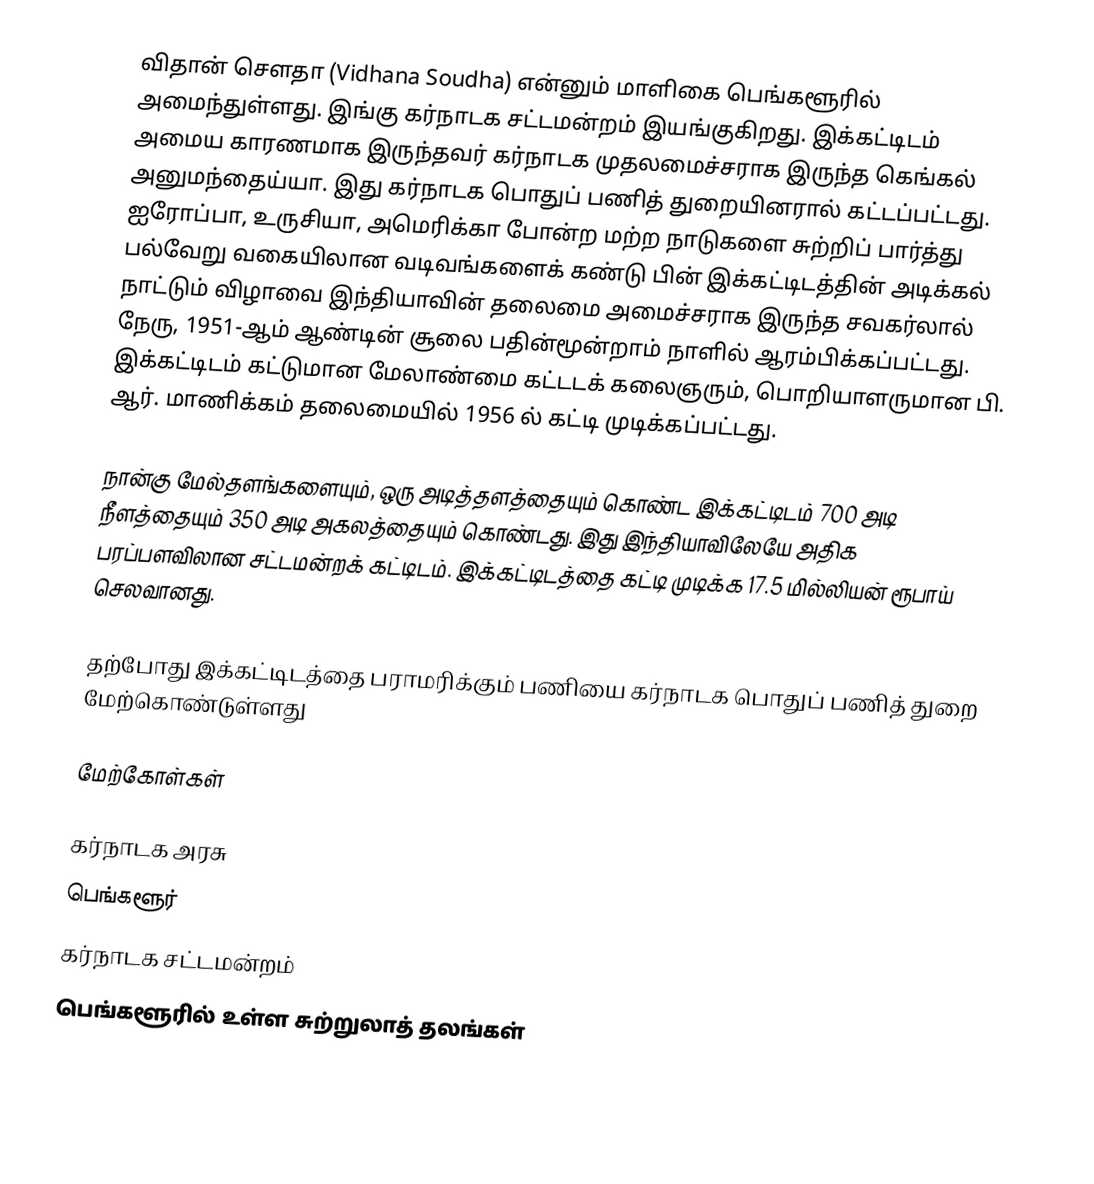
விதான் சௌதா (Vidhana Soudha) என்னும் மாளிகை பெங்களூரில் அமைந்துள்ளது. இங்கு கர்நாடக சட்டமன்றம் இயங்குகிறது. இக்கட்டிடம் அமைய காரணமாக இருந்தவர் கர்நாடக முதலமைச்சராக இருந்த கெங்கல் அனுமந்தைய்யா. இது கர்நாடக பொதுப் பணித் துறையினரால் கட்டப்பட்டது. ஐரோப்பா, உருசியா, அமெரிக்கா போன்ற மற்ற நாடுகளை சுற்றிப் பார்த்து பல்வேறு வகையிலான வடிவங்களைக் கண்டு பின்  இக்கட்டிடத்தின் அடிக்கல் நாட்டும் விழாவை இந்தியாவின் தலைமை அமைச்சராக இருந்த சவகர்லால் நேரு, 1951-ஆம் ஆண்டின்  சூலை பதின்மூன்றாம் நாளில் ஆரம்பிக்கப்பட்டது. இக்கட்டிடம் கட்டுமான மேலாண்மை கட்டடக் கலைஞரும், பொறியாளருமான பி. ஆர். மாணிக்கம் தலைமையில் 1956 ல் கட்டி முடிக்கப்பட்டது.

நான்கு மேல்தளங்களையும், ஒரு அடித்தளத்தையும் கொண்ட இக்கட்டிடம் 700 அடி நீளத்தையும் 350 அடி அகலத்தையும் கொண்டது. இது இந்தியாவிலேயே அதிக பரப்பளவிலான சட்டமன்றக் கட்டிடம். இக்கட்டிடத்தை கட்டி முடிக்க 17.5 மில்லியன் ரூபாய் செலவானது.

தற்போது இக்கட்டிடத்தை பராமரிக்கும் பணியை கர்நாடக பொதுப் பணித் துறை மேற்கொண்டுள்ளது

மேற்கோள்கள்

கர்நாடக அரசு
பெங்களூர்
கர்நாடக சட்டமன்றம்
பெங்களூரில் உள்ள சுற்றுலாத் தலங்கள்